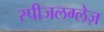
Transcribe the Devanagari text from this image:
स्पीजलग्लेज़